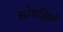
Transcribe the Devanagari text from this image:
झोपड़ियो